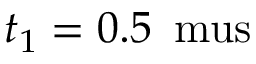
t _ { 1 } = 0 . 5 \, \mathrm { \ m u s }